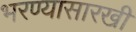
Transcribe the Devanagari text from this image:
भरण्यासारखी